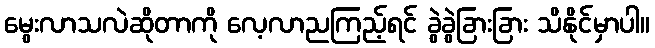
မွေးလာသလဲဆိုတာကို လေ့လာညကြည့်ရင် ခွဲခွဲခြားခြား သိနိုင်မှာပါ။